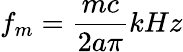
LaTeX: f_{m}={\frac{mc}{2a\pi}}kHz